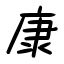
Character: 康